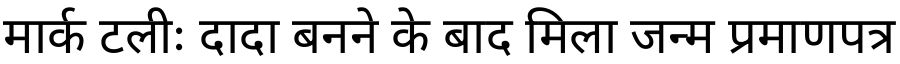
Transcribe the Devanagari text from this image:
मार्क टलीः दादा बनने के बाद मिला जन्म प्रमाणपत्र